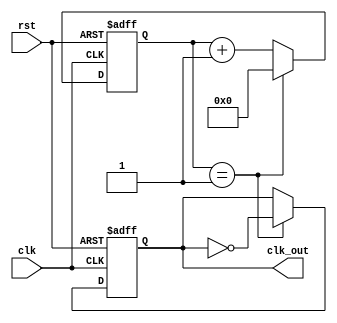
module clock_divider #(parameter DIV_FACTOR = 2, parameter WIDTH = 8) (
    input wire clk,          // Input clock signal
    input wire rst,          // Asynchronous reset signal
    output reg clk_out       // Divided clock output
);

    // Counter declaration
    reg [WIDTH-1:0] counter;

    always @(posedge clk or posedge rst) begin
        if (rst) begin
            counter <= 0;    // Reset the counter
            clk_out <= 0;    // Reset the output clock
        end else begin
            if (counter == DIV_FACTOR - 1) begin
                counter <= 0; // Reset the counter
                clk_out <= ~clk_out; // Toggle the output clock
            end else begin
                counter <= counter + 1; // Increment the counter
            end
        end
    end

endmodule